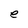
Character: e